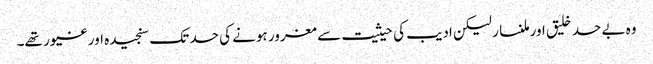
وہ بے حد خلیق اور ملنسار لیکن ادیب کی حیثیت سے مغرور ہونے کی حد تک سنجیدہ اور غیور تھے۔